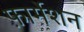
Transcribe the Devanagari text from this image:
फ़ार्मेशन